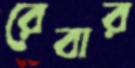
রেবার